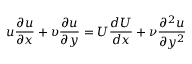
u { \frac { \partial u } { \partial x } } + \upsilon { \frac { \partial u } { \partial y } } = U { \frac { d U } { d x } } + { \nu } { \frac { \partial ^ { 2 } u } { \partial y ^ { 2 } } }